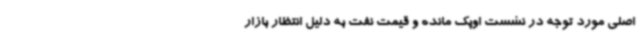
اصلی مورد توجه در نشست اوپک مانده و قیمت نفت به دلیل انتظار بازار